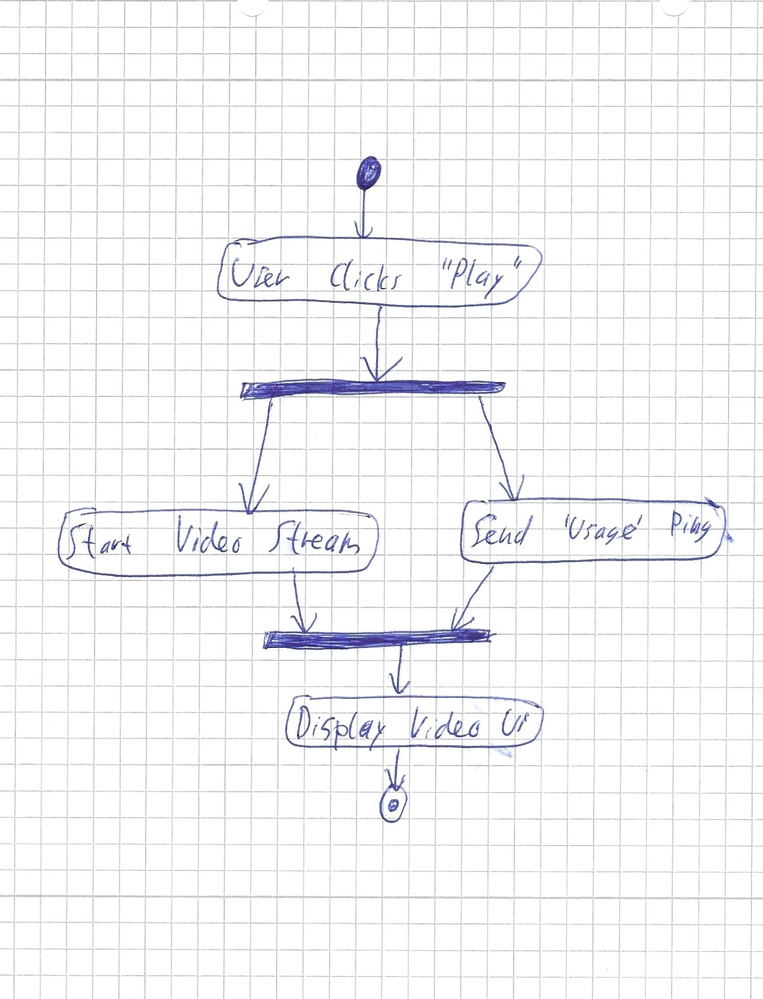
Diagram type: activity_diagram
```plantuml
@startuml

start
:User clicks "Play";
fork
  :Start Video Stream;
fork again
  :Send 'Usage' Ping;
end fork
:Display Video UI;
stop

@enduml
```